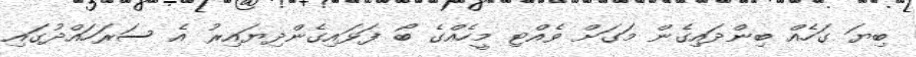
ބިޔަ ގަހެއް ބިންދައިގެން މަގަށް ވެއްޓި މީހެއްގެ ބޯ ފަޅައިގެންދިޔައިރު އެ ސަރަހައްދުގައި